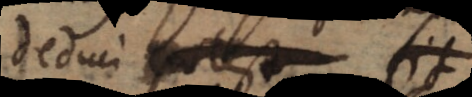
reduci potest ad